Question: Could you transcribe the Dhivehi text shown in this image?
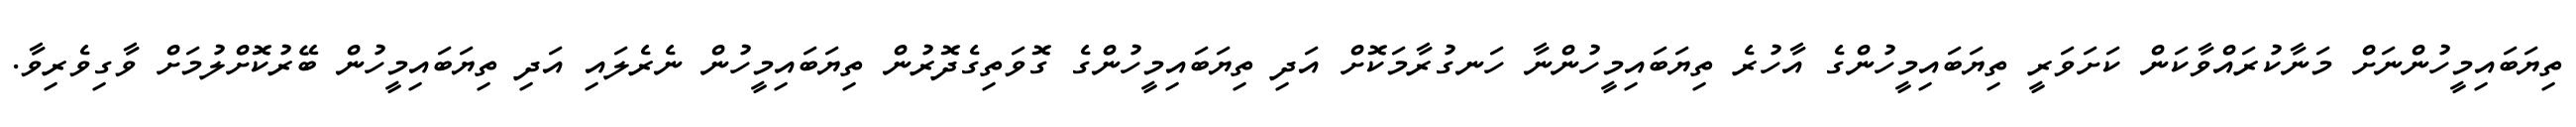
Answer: ތިޔަބައިމީހުންނަށް މަނާކުރައްވާކަން ކަށަވަރީ ތިޔަބައިމީހުންގެ އާހުރެ ތިޔަބައިމީހުންނާ ހަނގުރާމަކޮށް އަދި ތިޔަބައިމީހުންގެ ގޮވަތިގެދޮރުން ތިޔަބައިމީހުން ނެރެލައި އަދި ތިޔަބައިމީހުން ބޭރުކޮށްލުމަށް ވާގިވެރިވާ.